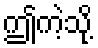
ဤကဲ့သို့